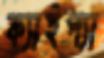
ক্যাইপ্যা